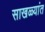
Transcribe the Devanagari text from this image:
साखळ्यांत